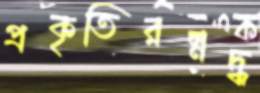
প্রকৃতিরম্নদ্ধ